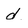
Character: d